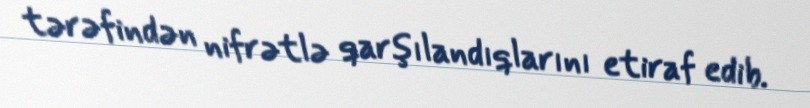
tərəfindən nifrətlə qarşılandıqlarını etiraf edib.